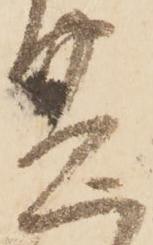
盡